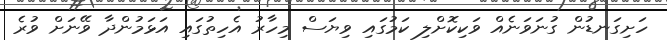
ހަށިގަނޑުން ގުނަވަނެއް ވަކިކޮށްލި ކަމުގައި ވިޔަސް މިހާރު އެހިތުގައި އަޅަމުންދާ ވޭނަށް ވުރެ